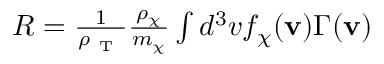
\begin{array} { r } { R = \frac { 1 } { \rho _ { \mathrm { ~ T ~ } } } \frac { \rho _ { \chi } } { m _ { \chi } } \int d ^ { 3 } v f _ { \chi } ( \mathbf { v } ) \Gamma ( \mathbf { v } ) } \end{array}